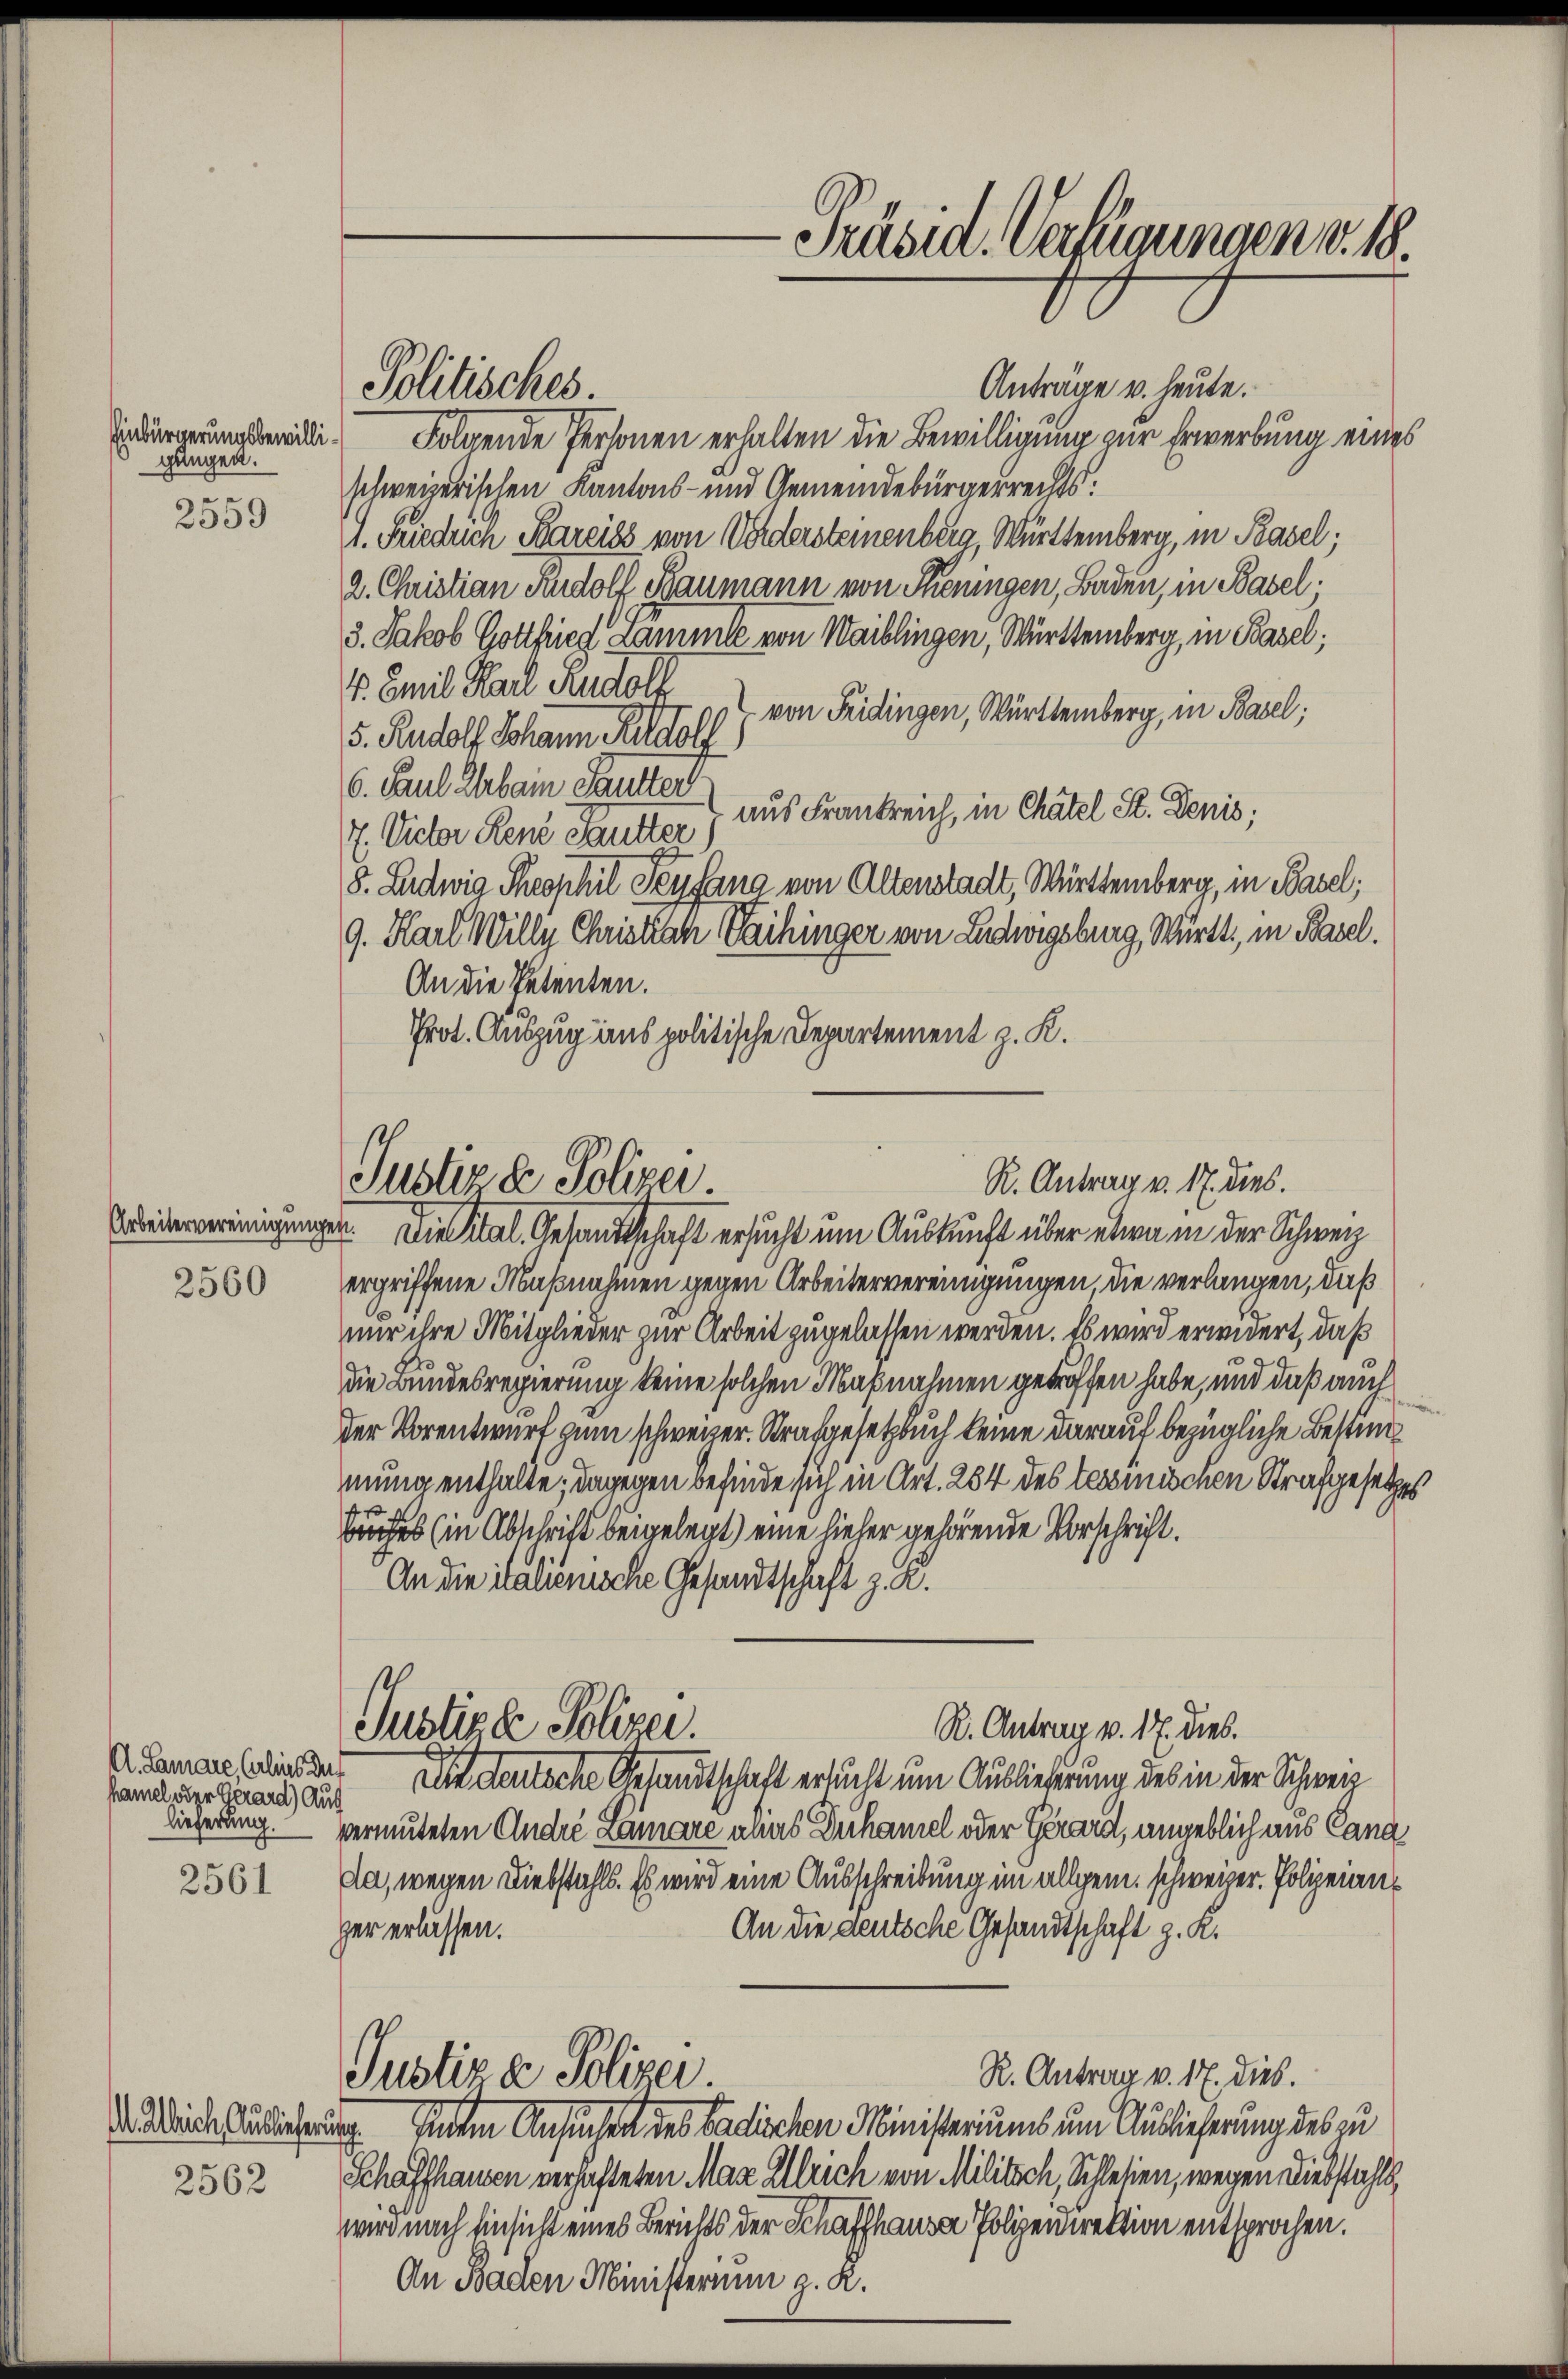
Einbürgerungsbewilligungen.
.
2309

2560

hamel oder Gerard) Auch

2561

Anträge u. heute.
Folgende Personen erhalten die Bewilligung zur Erwerbung eines
schweizerischen Kantons- und Gemeindebürgerrechts.
A. Frieduch Pareiss von Vordersteinenberg, Württemberg, in Basel;
2. Christian Rudolf Baumann von Seningen, Baden, in Basel.
3. Jakob Gottfried Lammle von Waiblingen, Württemberg, in Basel;
4. Emil Karl Rudolf
von Fridingen, Württemberg, in Basel;
5. Rudolf Johann Rudolf
6. Paul dabei cautter
aus Frankreich, in Chatel St. Denis;
7. Victor Reue Sautter
8. Ludwig Theophil Seyfana von Altenstadt, Württemberg, in Basel,
9. Karl Wille Christiach Vaihinger von Ludwigsburg, Württ., in Basel.
An die Petenten.
Prot. Auszug aus politische Departement z. K.

Politisches.

Präsid. Verfügungen v. 18.

Justiz & Polizei
R. Antrag v. 17. dies.

Justizle Polizei.

R. Antrag v. 17. dies.

vereinigungen. Die Klal. Gesandtschaft ersucht um Auskunft über etwa in der Schweiz
ergriffene Maßnahmen gegen Arbeitervereinigungen, die verlangen, daß
nur ihre Mitglieder zur Arbeit zugelassen werden. Es wird erwidert, daß
die Bundesregierung keine solchen Maßnahmen getroffen habe, und daß auch
der Vorentwurf zum schweizer. Strafgesetzbuch keine darauf bezügliche Bestimmung enthalte; dagegen befinde sich in Art. 284 des tessinischen Strafgesetzes
buches (in Abschrift beigelegt) eine hieher gehörende Vorschrift.
An die italienische Gesandtschaft z. R.
A amaesslichen Die deutsche Gesandtschaft ersucht um Auslieferung des in der Schweiz
lieferung. Vermuteten Andre Lamare alias Duhamel oder Gerard, angeblich aus Cang
da, wegen Diebstahls. Es wird eine Ausschreibung im allgem. schweizer. Polizeian¬
An die deutsche Gesandtschaft z. K.
ger erlassen.
R. Antrag v. 17. dies.
Justiz & Polizei.
Weide Auslicherung Inten Ansuchen des badischen Ministeriums um Auslieferung des zu
2562 Schaffhausen verhafteten Max Ullrich von Militsch, Schlesien, wegen Diebstahlswird nach Einsicht eines Berichts der Schaffhausen Polizeidirektion entsprochen.
An Baden Ministerium z. R.